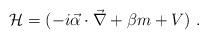
LaTeX: \begin{align*}{\cal H} = (-i \vec{\alpha} \cdot \vec\nabla + \beta m + V)\ . \end{align*}